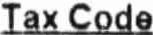
TAX CODE